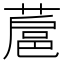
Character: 蔰